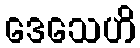
ဒေသေဟိ